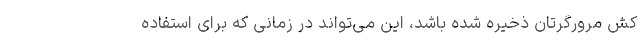
کش مرورگرتان ذخیره شده باشد، این می‌تواند در زمانی که برای استفاده